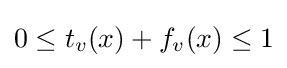
0\leq t_{v}(x)+f_{v}(x)\leq 1